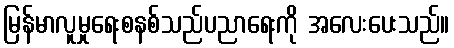
မြန်မာလူမှုရေးစနစ်သည်ပညာရေးကို အလေးပေးသည်။